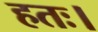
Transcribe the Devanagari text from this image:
हतः।